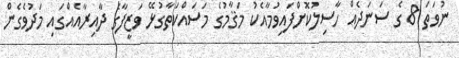
ނުވަތަ 8 ގެ ސަނަދެއް ހާސިލުކޮށްފައިވުމާއެކު މަޤާމުގެ މަސައްކަތާގުޅޭ ވަޒީފާގެ ދާއިރާއެއްގައި މަދުވެގެން